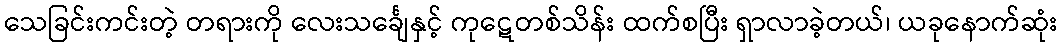
သေခြင်းကင်းတဲ့ တရားကို လေးသင်္ချေနှင့် ကုဋေတစ်သိန်း ထက်စပြီး ရှာလာခဲ့တယ်၊ ယခုနောက်ဆုံး